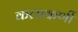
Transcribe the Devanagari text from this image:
कलाकर्णी